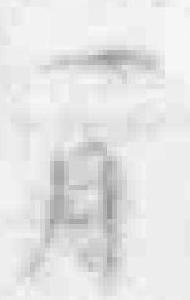
一月